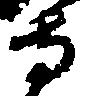
寺